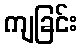
ကျခြင်း